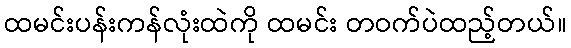
ထမင်းပန်းကန်လုံးထဲကို ထမင်း တဝက်ပဲထည့်တယ်။